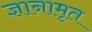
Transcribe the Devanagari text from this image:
ज्ञानामृत